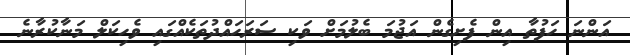
އަންނަ ހަފުތާ އިން ފެށިގެން އަޖުމަ ބެލުމަށް ވަކި ސަރަހައްދުތަކެއްގައި ވެހިކަލް މަނާކުރާނެ